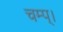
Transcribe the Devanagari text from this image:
चम्प्।